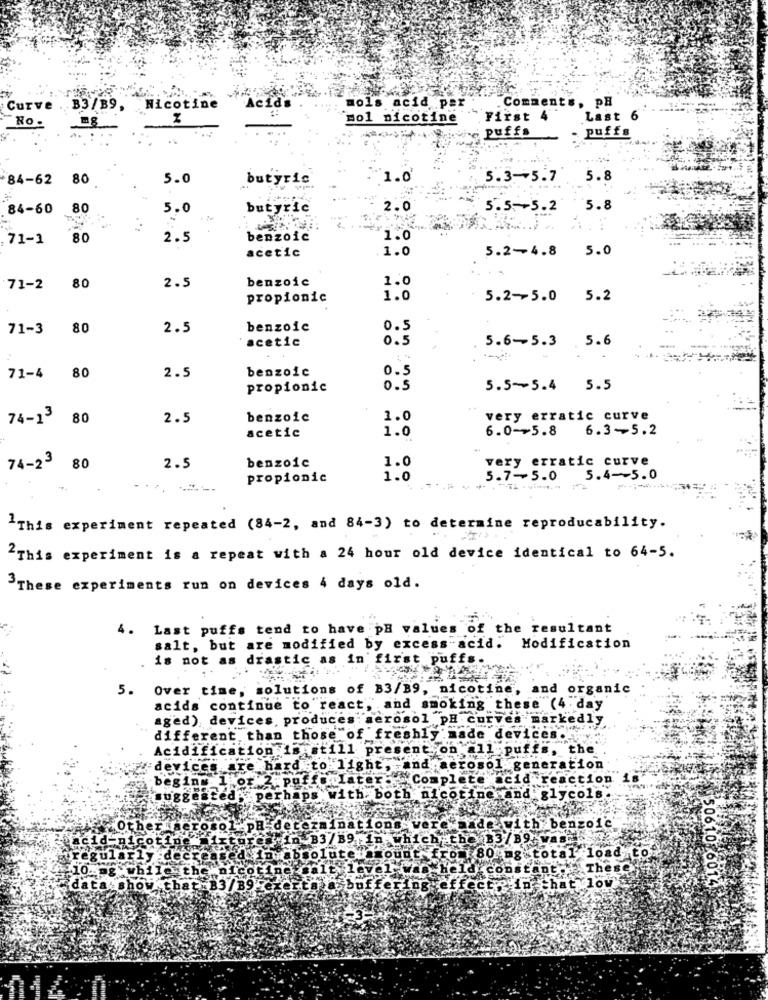
mols acid per
. Comment
PH
Curve
B3/ B9.
Nicotine
cid
No .
Hol nicotine
First
4
Last 6
puffs
puffs
84-62
80
5.0
butyric
1.0
5.3-5.7
5.8
84-60
80
5.0
butyric
2.0
5.5-5.2
5.8
71-1
80
2.5
benzoic
1.0
acetic
1.0
5.2-4.8
5.0
2.5
benzoic
1.0
71-2
80
propionic
1.0
5.2-5.0 5.2
71-3
80
2.5
benzoic
0.5
0.5
5.6-5.3 .5.6
acetic
71-4
80
2.5
benzoic
0.5
propionic
0.5
5.5~5.4 5.5
74-13
80
2.5
benzoic
1.0
very erratic curve
acetic
1.0
6.0-5.8 6.3-5.2
74-23
benzoic
1.0
very erratic curve
80
2.5
propionic
1.0
5.7-5.0
5.4-5.0
This experiment repeated (84-2, and 84-3) to determine reproducability.
"This experiment is a repeat with a 24 hour old device identical to 64-5.
These experiments run on devices 4 days old.
4. Last puffs tend to have pH values of the resultant
salt, but are modified by excess-acid. Modification
is not as drastic as in first puffs.
5.
Over time, solutions of B3/B9, nicotine,
and organic
acids continue to react, and smoking
4 . day
aged), devices, produces : aerosol pH curve
kedly
different. than those of freshly made de
Acidification is still present of
pu
the
devices are hard to lig
ration
begin# 1 of 2 puff
Co
eaction
and
sugges
". perhaps with. both
lycols.
oso1- pH determ
in B3 /B9 In
oad tos
low
50610 6014